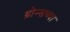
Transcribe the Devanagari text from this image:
थ्रोन्सच्या